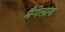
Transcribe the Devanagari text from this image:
मैगेलांग